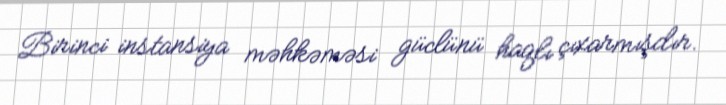
Birinci instansiya məhkəməsi güclünü haqlı çıxarmışdır.